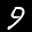
Label: 9